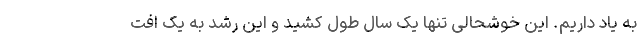
به یاد داریم. این خوشحالی تنها یک سال طول کشید و این رشد به یک افت